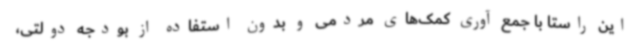
این راستا با جمع آوری کمک‌های مردمی و بدون استفاده از بودجه دولتی،